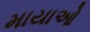
માયાઓ